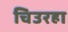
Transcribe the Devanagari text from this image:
चिउरहा